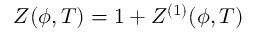
Z ( \phi , T ) = 1 + Z ^ { ( 1 ) } ( \phi , T )